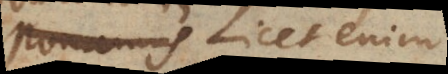
enim Licet enim